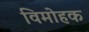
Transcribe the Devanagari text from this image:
विमोहक